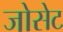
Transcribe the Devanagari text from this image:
जोसेट